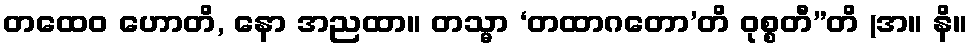
တထေဝ ဟောတိ, နော အညထာ။ တသ္မာ ‘တထာဂတော’တိ ဝုစ္စတီ”တိ (အ။ နိ။